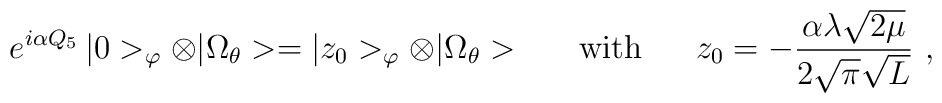
e^{i\alpha Q_5}\,|0>_\varphi\otimes|\Omega_\theta>=|z_0>_\varphi\otimes|\Omega_\theta>\ \ \ \ \ {\rm with}\ \ \ \ \ z_0=-\frac{\alpha\lambda\sqrt{2\mu}}{2\sqrt{\pi}\sqrt{L}}\ ,